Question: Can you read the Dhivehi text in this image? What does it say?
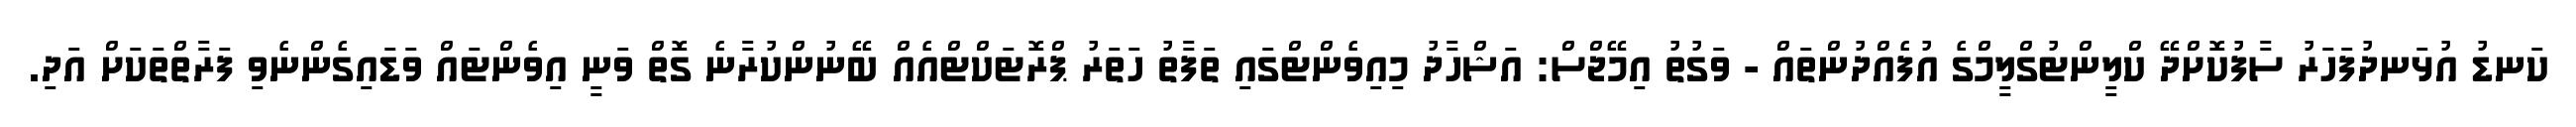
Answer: ކަނޑު އުޅަނދުފަހަރު ސާފުކޮށްދޭ ކްލީންޓުގްލީމްގެ އުފެއްދުންތައް - ވަގުތު އިމޭޖްސް: އަޝްހާދު މިއިވެންޓްގައި ތަފާތު ހަތަރު ޕްރޮޓަކްޓްއެއް ބޭނުންކުރާނެ ގޮތް ވަނީ އިވެންޓައް ވަޑައިގެންނެވި ފަރާތްތަކަށް އަދި.